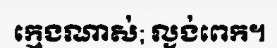
ក្មេងណាស់; ល្ងង់ពេក។